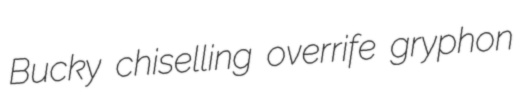
Bucky chiselling overrife gryphon